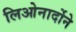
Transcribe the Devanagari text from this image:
लिओनार्दोने